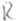
Text: R